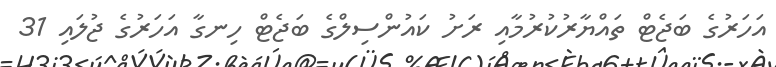
އަހަރުގެ ބަޖެޓް ތައްޔާރުކުރުމާއި ރަށު ކައުންސިލްގެ ބަޖެޓް ހިނގާ އަހަރުގެ ޖުލައި 31